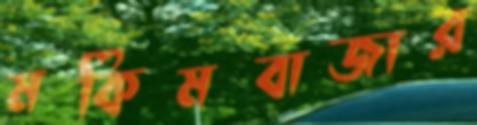
মকিমবাজার